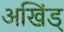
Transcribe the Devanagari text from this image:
अखिंड्